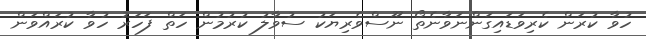
ހުވާ ކުރަން ކެރިވަޑައިގަންނަވާނެތޯ ނޫސްވެރިޔަކު ސުވާލު ކުރުމުން ހަތް ފަހަރު ހުވާ ކުރައްވަން